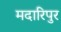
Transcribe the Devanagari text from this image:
मदारिपुर